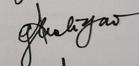
Signature authenticity: genuine